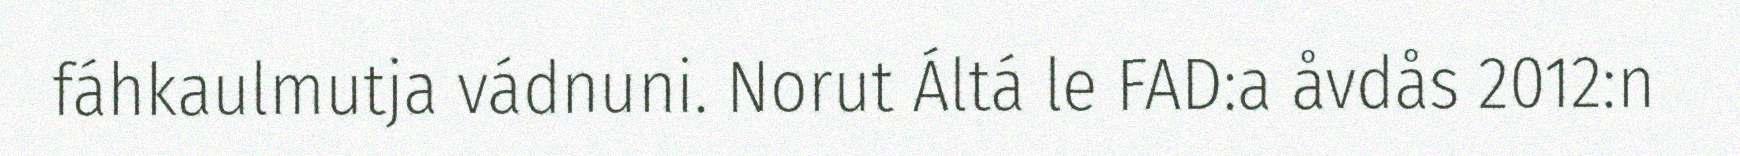
fáhkaulmutja vádnuni. Norut Áltá le FAD:a åvdås 2012:n